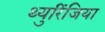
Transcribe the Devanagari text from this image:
थ्युरिंजिया